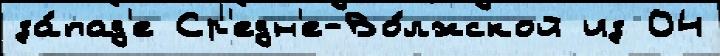
за́пад'е Ср'едн'е-Во́лжской из 04